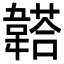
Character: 𩏒